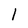
Character: 1